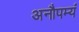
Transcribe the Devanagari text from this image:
अनौपम्यं